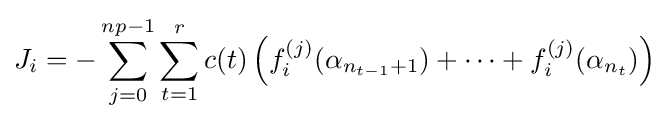
J_{i}=-\sum _{j=0}^{np-1}\sum _{t=1}^{r}c(t)\left(f_{i}^{(j)}(\alpha _{n_{t-1}+1})+\cdots +f_{i}^{(j)}(\alpha _{n_{t}})\right)